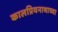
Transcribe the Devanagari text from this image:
कालप्रियनाथाच्या